Civil Veterinary Department. Madras. Admin. report 1926-33 - 1926-1933
Year: 1926
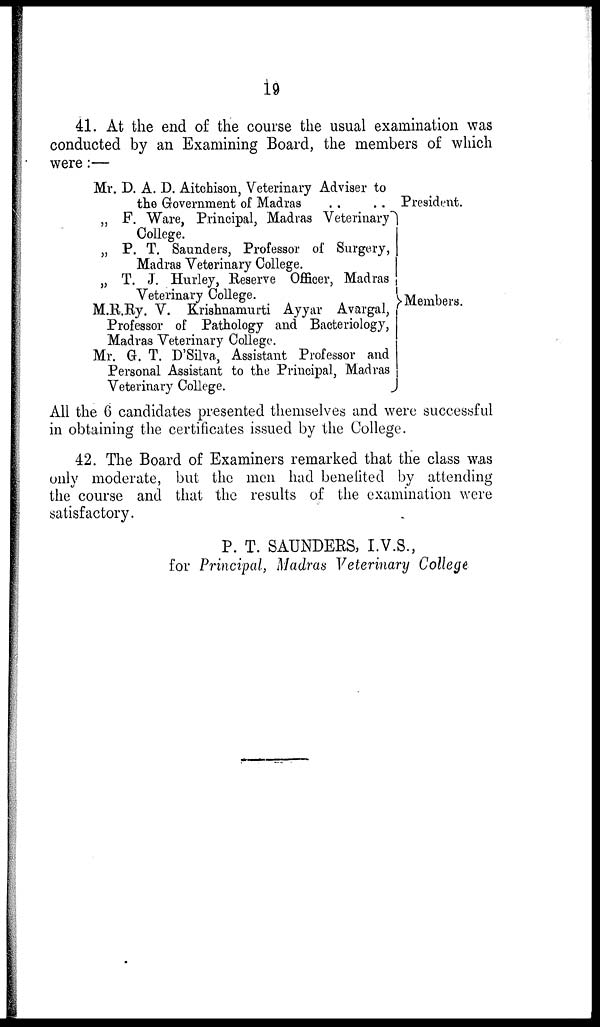
19
41. At the end of the course the usual examination was
conducted by an Examining Board, the members of which
were:—
Mr. D. A. D. Aitchison, Veterinary Adviser to
the Government of Madras
„ F. Ware, Principal, Madras Veterinary
College.
„ P. T. Saunders, Professor of Surgery,
Madras Veterinary College.
„ T. J. Hurley, Reserve Officer, Madras
Veterinary College.
M.R.Ry. V. Krishnamurti Ayyar Avargal,
Professor of Pathology and Bacteriology,
Madras Veterinary College.
Mr. G. T. D'Silva, Assistant Professor and
Personal Assistant to the Principal, Madras
Veterinary College.
President.
Members.
All the 6 candidates presented themselves and were successful
in obtaining the certificates issued by the College.
42. The Board of Examiners remarked that the class was
only moderate, but the men had benefited by attending
the course and that the results of the examination were
satisfactory.
P. T. SAUNDERS, I.V.S.,
for Principal, Madras Veterinary College